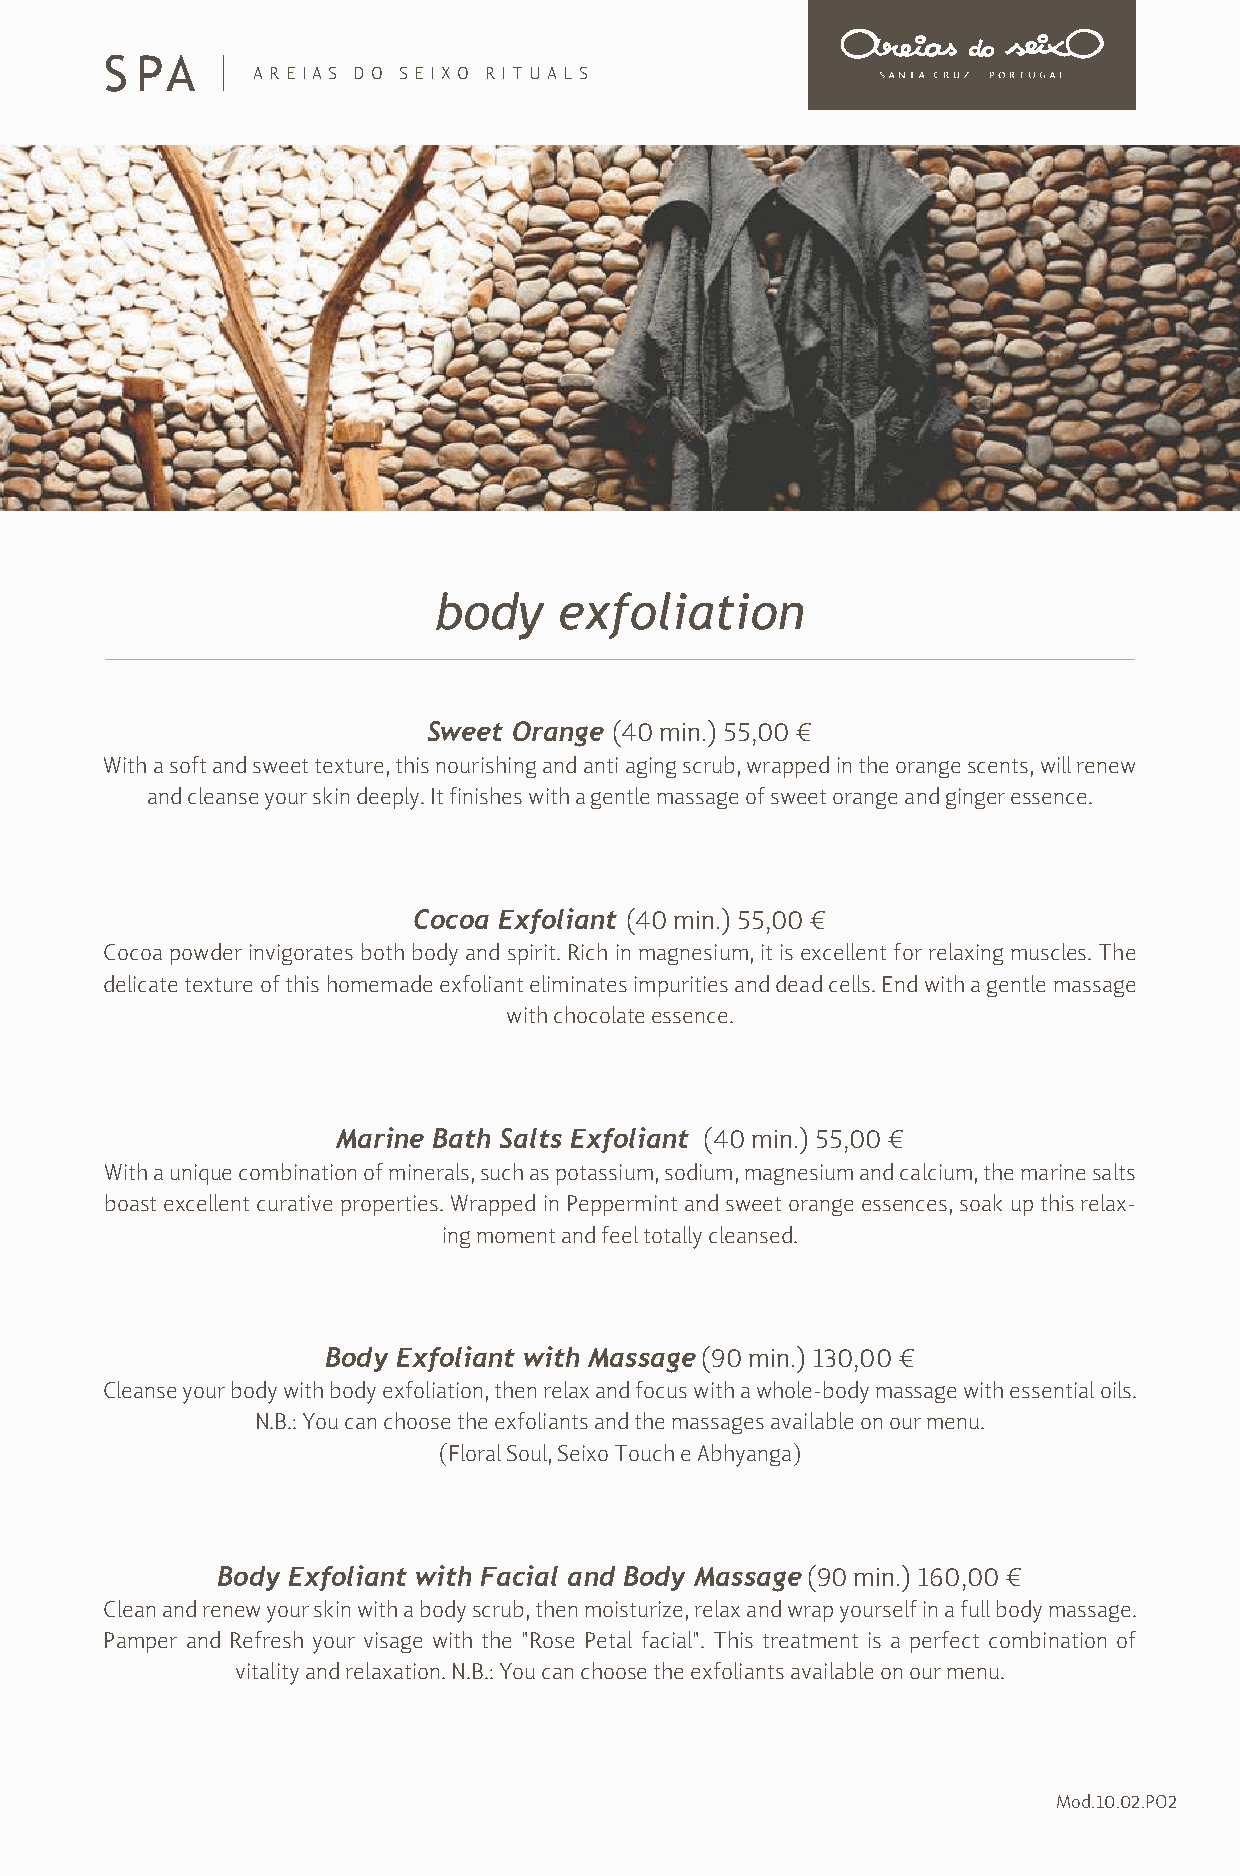
S PA
 ARE IAS DO SEIXO RITUALS
 body    exfoliation
 Sweet Orange (40 min.) 55,00 €
 With a soft and sweet texture, this nourishing and anti aging scrub, wrapped in the orange scents, will renew
 and cleanse your skin deeply. It finishes with a gentle massage of sweet orange and ginger essence.
 Cocoa Exfoliant (40 min.) 55,00 €
 Cocoa powder invigorates both body and spirit. Rich in magnesium, it is excellent for relaxing muscles. The
 delicate texture of this homemade exfoliant eliminates impurities and dead cells. End with a gentle massage
 with chocolate essence.
 Marine Bath Salts Exfoliant (40 min.) 55,00 €
 With a unique combination of minerals, such as potassium, sodium, magnesium and calcium, the marine salts
 boast excellent curative properties. Wrapped in Peppermint and sweet orange essences, soak up this relax-
 ing moment and feel totally cleansed.
 Body Exfoliant with Massage (90 min.) 130,00 €
 Cleanse your body with body exfoliation, then relax and focus with a whole-body massage with essential oils.
 N.B.: You can choose the exfoliants and the massages available on our menu.
 (Floral Soul, Seixo Touch e Abhyanga)
 Body Exfoliant with Facial and Body Massage (90 min.) 160,00 €
 Clean and renew your skin with a body scrub, then moisturize, relax and wrap yourself in a full body massage.
 Pamper and Refresh your visage with the "Rose Petal facial". This treatment is a perfect combination of
 vitality and relaxation. N.B.: You can choose the exfoliants available on our menu.
 Mod.10.02.PO2